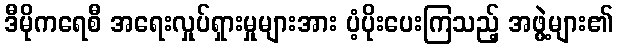
ဒီမိုကရေစီ အရေးလှုပ်ရှားမှုများအား ပံ့ပိုးပေးကြသည့် အဖွဲ့များ၏